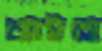
আইসে